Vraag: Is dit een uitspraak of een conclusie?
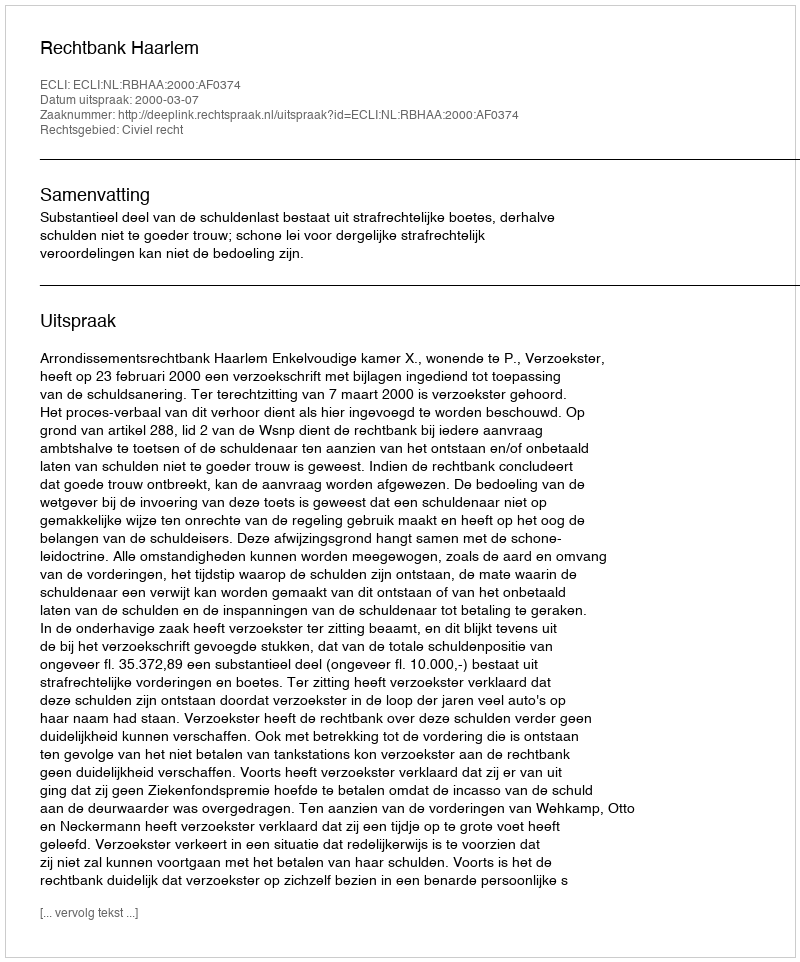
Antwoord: Uitspraak